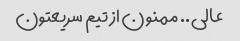
عالی.. ممنون از تیم سریعتون